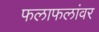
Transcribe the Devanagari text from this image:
फलाफलांवर